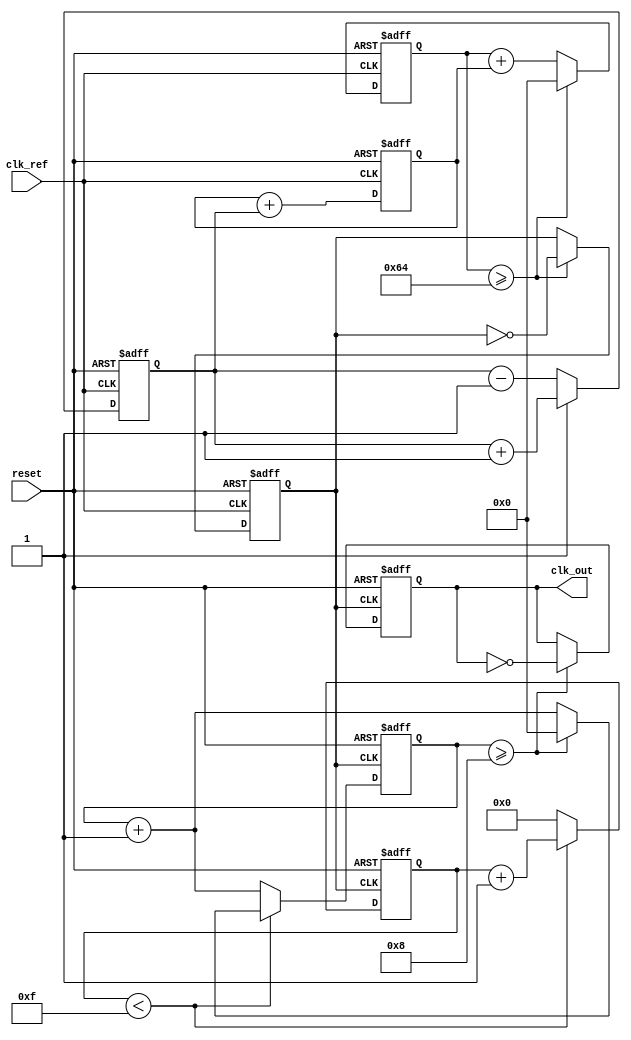
module fractional_PLL (
    input wire clk_ref,          // Reference clock input
    input wire reset,            // Asynchronous reset
    output reg clk_out           // Output clock
);

// Parameters
parameter N = 8;                // Integer division factor
parameter FRAC_BITS = 4;       // Number of bits for fractional part
parameter VCO_MAX_FREQ = 100;  // Max frequency for VCO (arbitrary units)

// Internal signals
reg [N-1:0] phase_error;       // Phase error signal
reg [N-1:0] loop_filter_out;    // Output of the loop filter
reg [N-1:0] vco_control;        // Control voltage for VCO
reg [N-1:0] vco_counter;        // VCO counter
reg [FRAC_BITS-1:0] frac_counter; // Fractional counter
reg [N-1:0] divider_count;      // Divider counter
reg clk_vco;                    // VCO clock output
reg clk_div;                    // Divided clock output

// Phase Detector (PD)
always @(posedge clk_ref or posedge reset) begin
    if (reset) begin
        phase_error <= 0;
    end else begin
        // Simple phase detection logic (example)
        if (clk_div) begin
            phase_error <= phase_error + 1; // Increment error when feedback is present
        end else begin
            phase_error <= phase_error - 1; // Decrement error when feedback is absent
        end
    end
end

// Loop Filter (LF)
always @(posedge clk_ref or posedge reset) begin
    if (reset) begin
        loop_filter_out <= 0;
    end else begin
        // Simple first-order loop filter
        loop_filter_out <= loop_filter_out + phase_error; // Proportional control
    end
end

// Voltage-Controlled Oscillator (VCO)
always @(posedge clk_ref or posedge reset) begin
    if (reset) begin
        vco_counter <= 0;
        clk_vco <= 0;
    end else begin
        vco_counter <= vco_counter + loop_filter_out; // Control frequency by loop filter output
        if (vco_counter >= VCO_MAX_FREQ) begin
            vco_counter <= 0;
            clk_vco <= ~clk_vco; // Toggle VCO output
        end
    end
end

// Fractional Divider
always @(posedge clk_vco or posedge reset) begin
    if (reset) begin
        clk_out <= 0;
        divider_count <= 0;
        frac_counter <= 0;
    end else begin
        if (divider_count >= N) begin
            clk_out <= ~clk_out; // Generate output clock
            divider_count <= 0;
        end else begin
            divider_count <= divider_count + 1;
        end
        
        // Fractional division logic (simple example)
        if (frac_counter < (1 << FRAC_BITS) - 1) begin
            frac_counter <= frac_counter + 1;
        end else begin
            frac_counter <= 0;
            divider_count <= divider_count + 1; // Increment divider count for fractional division
        end
    end
end

endmodule